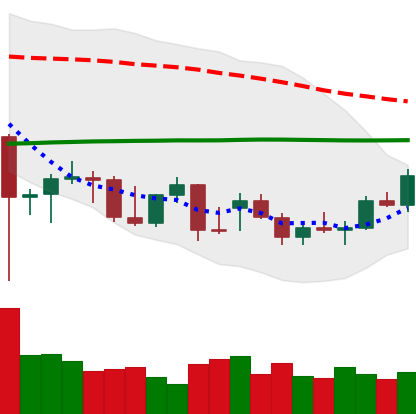
Ticker: BTC-USD
Chart end date: 2021-12-23
Forward return: -6.293%
Label: down_5_7